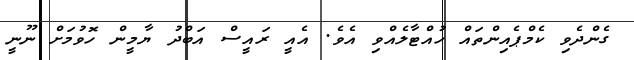
ގެންދެވި ކެމްޕެއިންތައް ހުއްޓާލެއްވި އެވެ. އެއީ ރައީސް އަބްދު ޔާމީން ހޮވުމަށް ނޫނީ